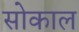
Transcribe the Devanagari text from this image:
सोकाल